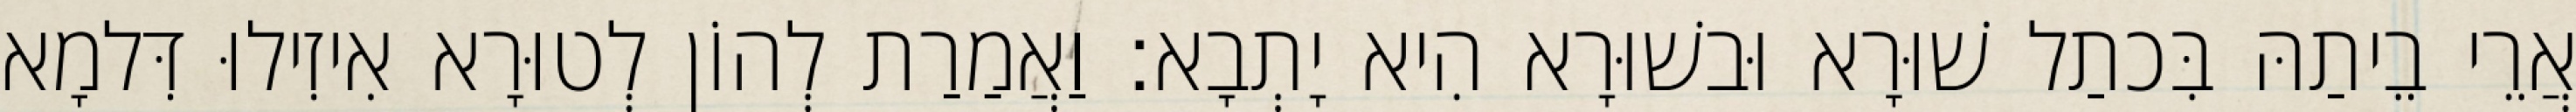
אֲרֵי בֵיתַהּ בִּכתַל שׁוּרָא וּבשׁוּרָא הִיא יָתְבָא׃ וַאֲמַרַת לְהוֹן לְטוּרָא אִיזִילוּ דִּלמָא